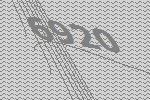
6920